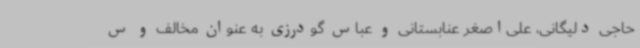
حاجی دلیگانی، علی‌اصغر عنابستانی و عباس گودرزی به عنوان مخالف و س